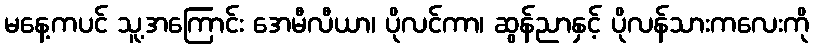
မနေ့ကပင် သူ့အကြောင်း အေမီလီယာ၊ ပိုလင်ကာ၊ ဆွန်ညာနှင့် ပိုလန်သားကလေးကို